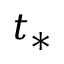
t _ { * }